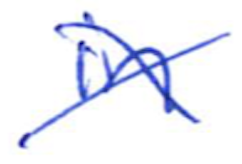
Text: in
Cross-out: cross
Writing tool: ballpoint